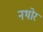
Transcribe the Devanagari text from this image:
नथोर